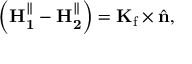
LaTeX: \left( \mathbf { H _ { 1 } ^ { \parallel } } - \mathbf { H _ { 2 } ^ { \parallel } } \right) = \mathbf { K } _ { \mathrm { f } } \times { \hat { \mathbf { n } } } ,